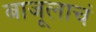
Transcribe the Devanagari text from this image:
बाजूलाचं